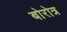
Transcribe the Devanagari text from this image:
बोरोत्र